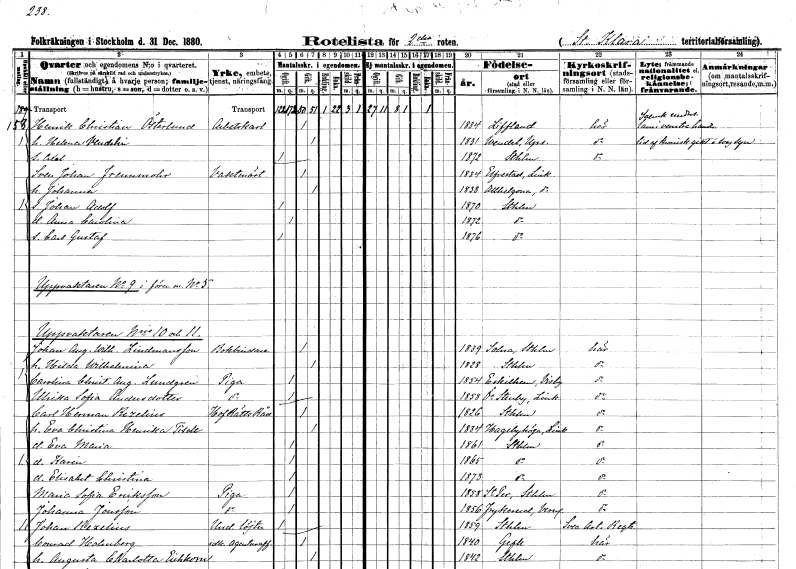
gt_parse: households: individuals: FN: Henrik Christian
EN: Österlund
YRKE: Arbetskarl
KON: M
CIV: G
FODAR: 1834
FN: Helena
EN: Vendelin
KON: K
CIV: G
FODAR: 1831
FODFORS: Vendel Uppsala län
FN: Axel
KON: M
CIV: O
FODAR: 1872
FODFORS: Stockholm
FN: Sven Johan
EN: Freunmohr
YRKE: Vaktmästare
KON: M
CIV: G
FODAR: 1834
FODFORS: Älvestad Östergötlands län
FN: Johanna
KON: K
CIV: G
FODAR: 1838
FODFORS: Allhelgona Östergötlands län
FN: Johan Adolf
KON: M
CIV: O
FODAR: 1870
FODFORS: Stockholm
FN: Anna Carolina
KON: K
CIV: O
FODAR: 1872
FODFORS: Stockholm
FN: Carl Gustaf
KON: M
CIV: O
FODAR: 1876
FODFORS: Stockholm
FN: Johan August Wilhelm
EN: Lindmansson
YRKE: Bokbindare
KON: M
CIV: G
FODAR: 1839
FODFORS: Solna Stockholms län
FN: Hilda Wilhelmina
KON: K
CIV: G
FODAR: 1828
FODFORS: Stockholm
FN: Carolina Christina Augusta
EN: Lundgren
YRKE: Piga
KON: K
CIV: O
FODAR: 1854
FODFORS: Eskelhem Gotlands län
FN: Ulrika Sofia
EN: Andersdotter
YRKE: Piga
KON: K
CIV: O
FODAR: 1858
FODFORS: Östra Stenby Östergötlands län
FN: Carl Herman
EN: Rezelius
YRKE: Hovrättsråd
KON: M
CIV: G
FODAR: 1826
FODFORS: Stockholm
FN: Eva Christina Henrika
EN: Tisell
KON: K
CIV: G
FODAR: 1834
FODFORS: Hagebyhöga Östergötlands län
FN: Eva Maria
KON: K
CIV: O
FODAR: 1861
FODFORS: Stockholm
FN: Karin
KON: K
CIV: O
FODAR: 1865
FODFORS: Stockholm
FN: Elisabet Christina
KON: K
CIV: O
FODAR: 1873
FODFORS: Stockholm
FN: Maria Sofia
EN: Ericksson
YRKE: Piga
KON: K
CIV: O
FODAR: 1858
FODFORS: Sankt Per Sigtuna Stockholms län
FN: Johanna
EN: Jonsson
YRKE: Piga
KON: K
CIV: O
FODAR: 1856
FODFORS: Frykerud Värmlands län
FN: Johan
EN: Rezelius
YRKE: Underlöjtnant
KON: M
CIV: O
FODAR: 1859
FODFORS: Stockholm